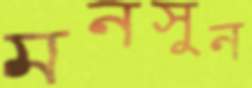
মনসুন